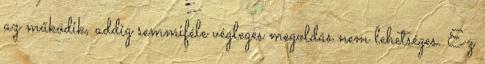
az működik, addig semmiféle végleges megoldás nem lehetséges. Ez